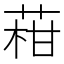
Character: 𦴑